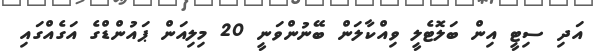
އަދި ސިޓީ އިން ބަލޮޓެލީ ވިއްކާލަން ބޭނުންވަނީ 20 މިލިއަން ޕައުންޑްގެ އަގެއްގައި